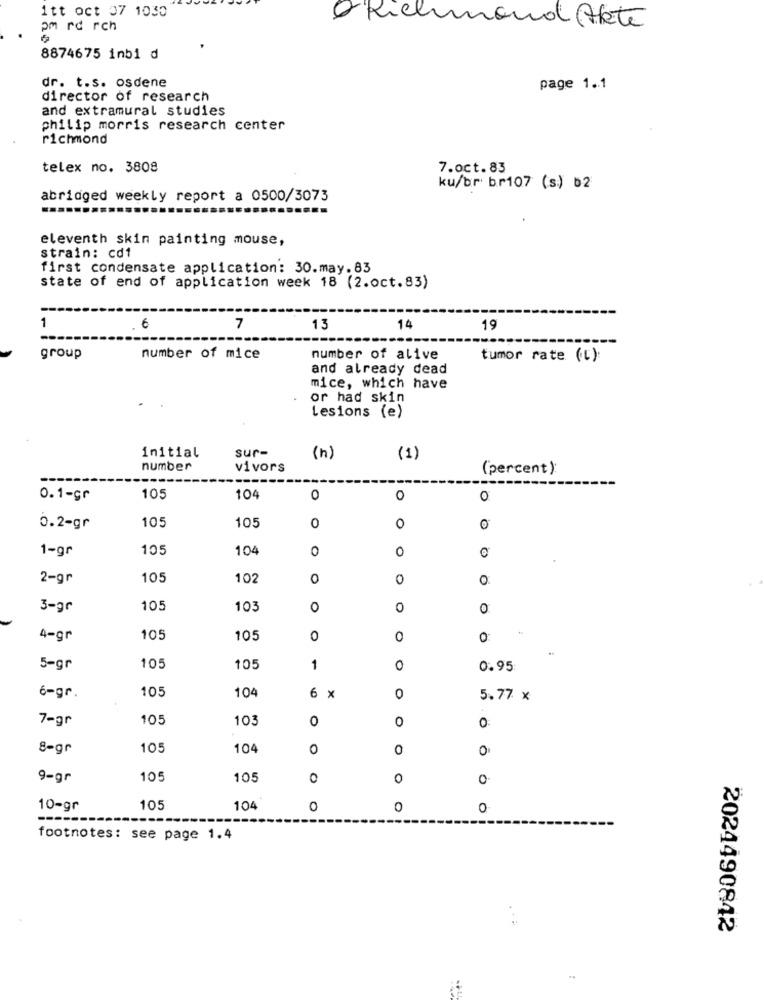
itt oct 07 1030
pm rd rch
& Richmond Akte
8874675 inbi d
dr. t.s. osdene
page 1.1
director of research
and extramural studies
philip morris research center
richmond
telex no. 3808
7.oct.83
ku/br br107 (s) b2
abridged weekly report a 0500/3073
eleventh skin painting mouse,
strain: cd1
first condensate application: 30.may.83
state of end of application week 18 (2.oct.83)
1
.6
7
13
14
19
group
number of mice
number of alive
tumor rate (t):
and already dead
mice, which have
or had skin
Lesions (e)
sur-
initial
(h)
(1)
number
vivors
(percent )
0.1-gr
105
104
0
0
0
105
0.2-gr
105
0
0
1-gr
105
104
0
0
0
2-gr
105
102
0
0
0
3-30
105
103
0
0
0
4-gr
105
105
0
0
0
5-gr
105
105
1
0
0.95
6-gr
105
104
6 x
0
5.77 x
7-gr
105
103
0
0
0
8-gr
105
104
0
0
0
9-gr
105
105
0
0
0
10-gr
105
104
0
0
0
---
footnotes: see page 1.4
2024490842
..